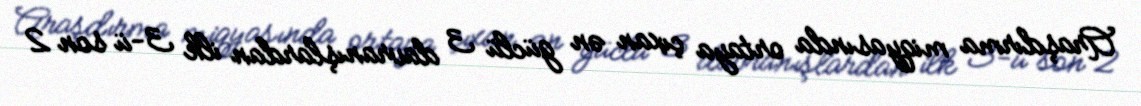
Araşdırma miqyasında ortaya çıxan ən güclü 3 davranışlardan ilk 3-ü son 2